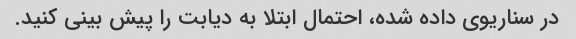
در سناریوی داده شده، احتمال ابتلا به دیابت را پیش بینی کنید.